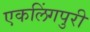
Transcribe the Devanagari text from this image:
एकलिंगपुरी